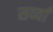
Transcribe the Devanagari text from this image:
सर्व्या